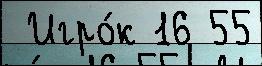
 Игро́к 16 55